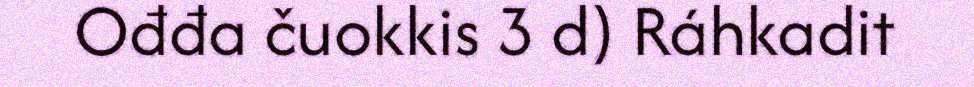
Ođđa čuokkis 3 d) Ráhkadit